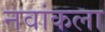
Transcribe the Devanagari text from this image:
नवांकला